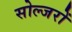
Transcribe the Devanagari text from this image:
सोल्जरों